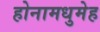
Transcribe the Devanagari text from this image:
होनामधुमेह